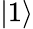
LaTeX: |1\rangle